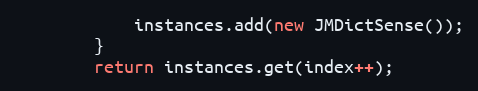
Language: Java
			instances.add(new JMDictSense());
		}
		return instances.get(index++);